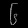
Digit: ၆